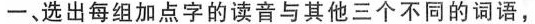
一、选出每组加点字的读音与其他三个不同的词语，